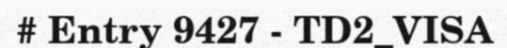
# Entry 9427 - TD2_VISA